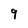
Character: 9